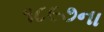
૧૮૯૭ના